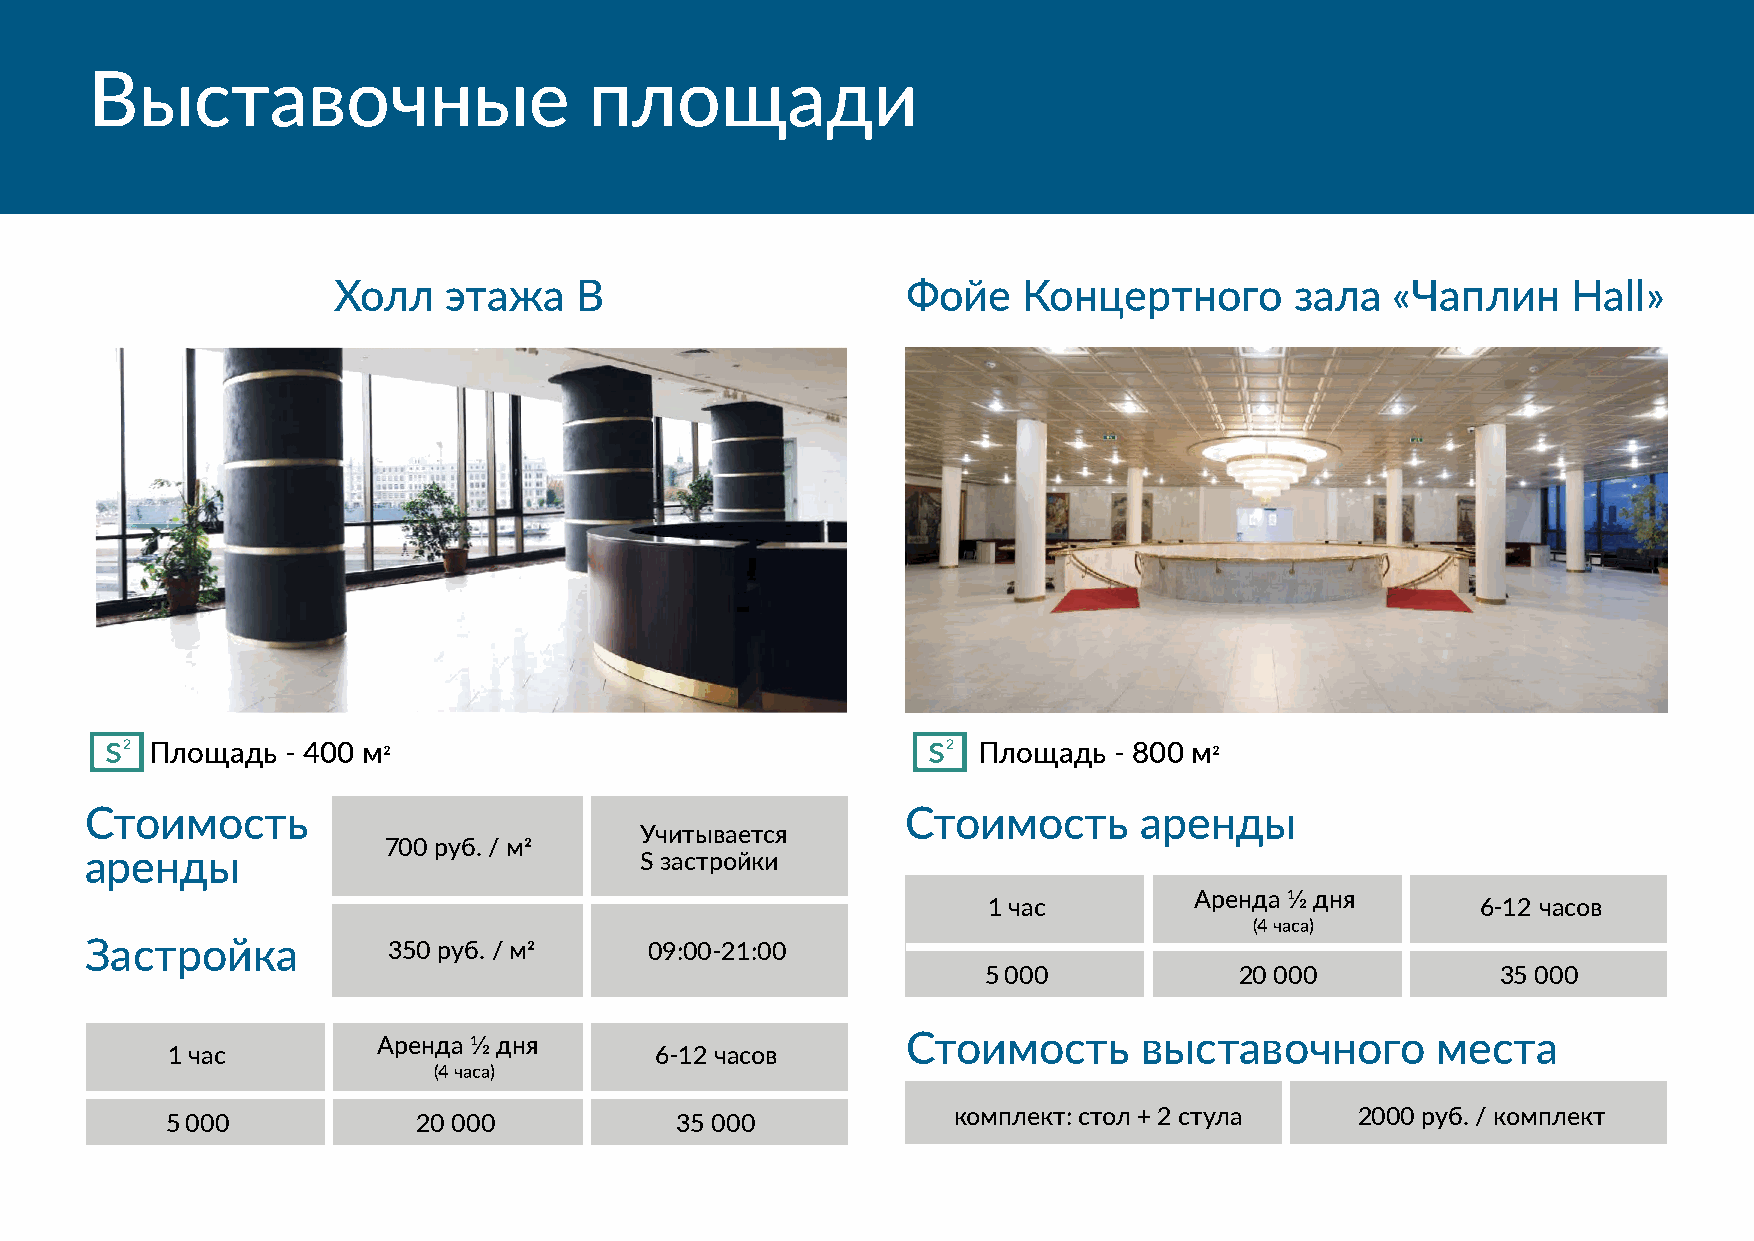
Выставочные                      площади
 Холл    этажа   В                     Фойе    Концертного       зала  «Чаплин     Hall»
 s2
 Площадь  - 400 м2
 s2
 Площадь  - 800 м2
 Стоимость                                             Сто  и мость   аренды
 Учитывается
 700 руб. / м2
 аренды                              S застройки
 Аренда 1⁄2 дня
 1 час                            6-12 часов
 (4 часа)
 Застройка           350 руб. / м2    09:00-21:00
 5 000            20 000           35 000
 Аренда 1⁄2 дня                     Стоимость       выставочного       места
 1 час                           6-12 часов
 (4 часа)
 комплект: стол + 2 стула   2000 руб. / комплект
 5 000            20 000           35 000